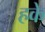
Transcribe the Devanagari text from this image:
हके